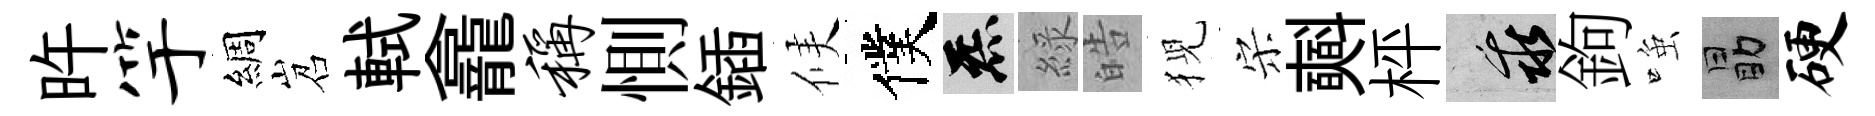
旿竽綢岧軾龕称惻鍤候僕炁綠皓猊宋𣂏枰乖鉤𫪻勗硬